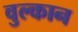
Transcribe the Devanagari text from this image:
वुल्कान